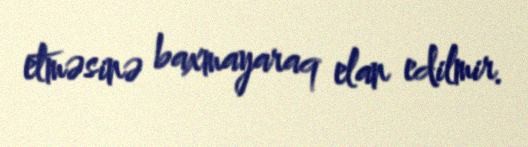
etməsinə baxmayaraq elan edilmir.